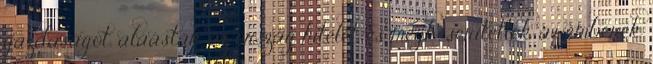
gazdaságot, aláásták az ország hitelét, és megkeserítették az emberek